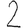
Digit: 2